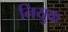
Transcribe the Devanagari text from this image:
नियुक